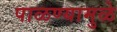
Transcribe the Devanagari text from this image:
पाळण्यामुळे